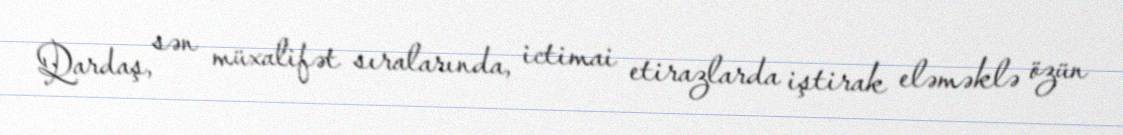
Qardaş, sən müxalifət sıralarında, ictimai etirazlarda iştirak eləməklə özün